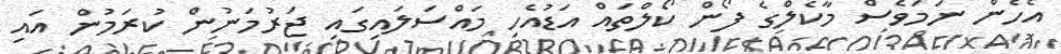
އެހެން ނަމަވެސް މާކެލްގެ ފޯން ކޯލްތައް އަޑުއެހި މައްސަލައިގައި ޖަރުމަނުން ކުރަމުން އައި